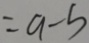
= 9 - 5